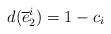
LaTeX: \begin{align*}d(\overline{e}_2^{i}) = 1 -c_i \end{align*}